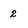
Character: 2